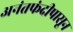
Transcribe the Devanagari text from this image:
अनंतफंदीपासून